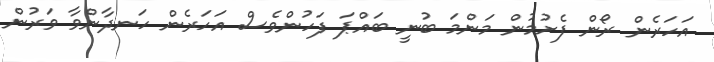
އަހަރެން ރޯން ފެށުމުން މަންމަ ބުނީ ބައްޕަ ފަހުންވެސް އަހަރެން ހަނދާންވާ ވަރުން